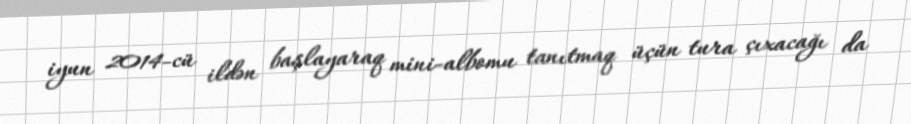
iyun 2014-cü ildən başlayaraq mini-albomu tanıtmaq üçün tura çıxacağı da